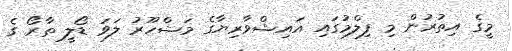
މީގެ އިތުރުން މި ފިލްމުގައި އައިޝްވާރިޔާގެ މަޝްހޫރު ލަވަ ޑޯލީ ތާރޯ ގެ